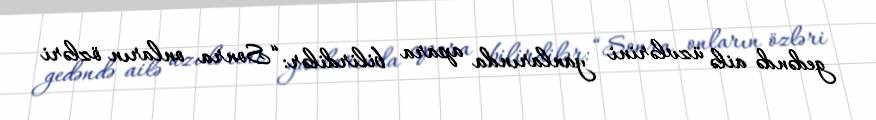
gedəndə ailə üzvlərini yanlarında apara bilirdilər: “Sonra onların özləri